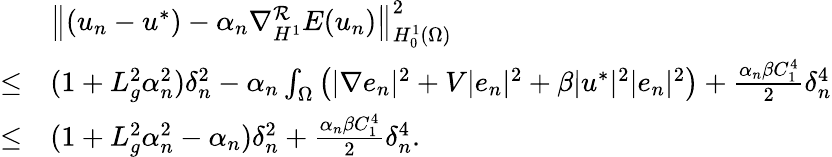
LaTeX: \begin{array}{rl}&{\left\Vert(u_{n}-u^{*})-\alpha_{n}\nabla_{H^{1}}^{\mathcal{R}}E(u_{n})\right\Vert_{H_{0}^{1}(\Omega)}^{2}}\\ {\leq}&{(1+L_{g}^{2}\alpha_{n}^{2})\delta_{n}^{2}-\alpha_{n}\int_{\Omega}\left(|\nabla e_{n}|^{2}+V|e_{n}|^{2}+\beta|u^{*}|^{2}|e_{n}|^{2}\right)+\frac{\alpha_{n}\beta C_{1}^{4}}{2}\delta_{n}^{4}}\\ {\leq}&{(1+L_{g}^{2}\alpha_{n}^{2}-\alpha_{n})\delta_{n}^{2}+\frac{\alpha_{n}\beta C_{1}^{4}}{2}\delta_{n}^{4}.}\end{array}